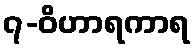
၇-ဝိဟာရကာရ